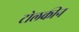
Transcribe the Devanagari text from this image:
टोलकीन